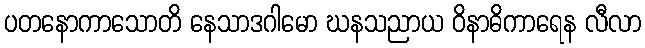
ပတနောကာသောတိ နေသာဒဂါမော ဃနသညာယ ဝိနာဓိကာရေန လီလာ